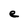
Character: e